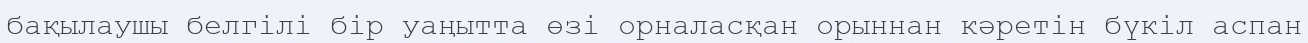
бақылаушы белгілі бір уаңытта өзі орналасқан орыннан кәретін бүкіл аспан